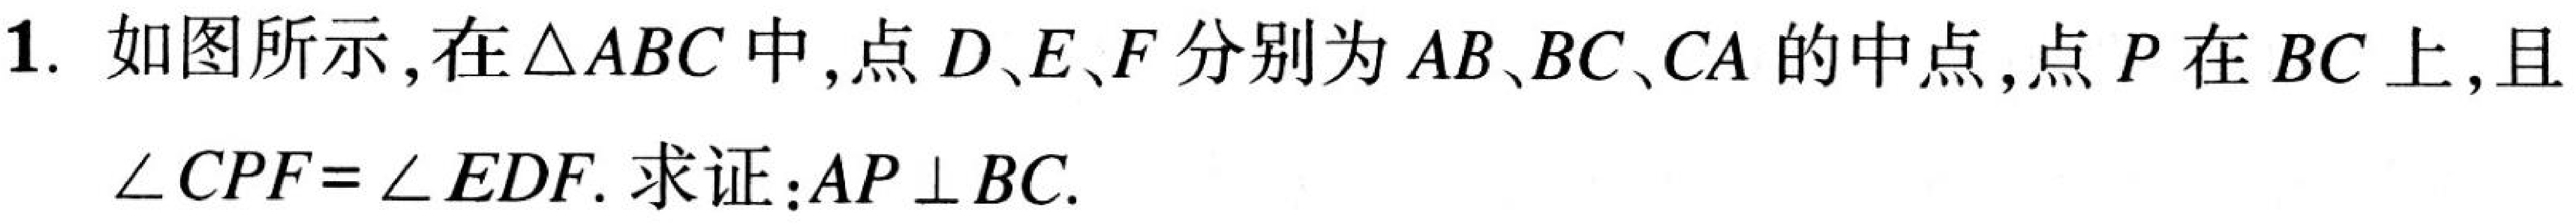
1. 如图所示,在\(\triangle ABC\)中,点\(D、E、F\)分别为\(AB、BC、CA\)的中点,点\(P\)在\(BC\)上,且\(\angle CPF = \angle EDF\). 求证:\(AP\perp BC\).